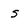
Character: S